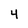
Character: 4